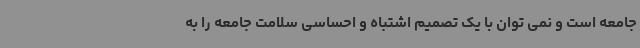
جامعه است و نمی توان با یک تصمیم اشتباه و احساسی سلامت جامعه را به